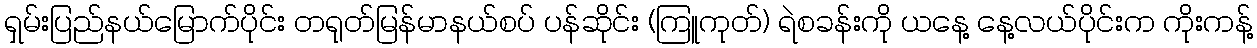
ရှမ်းပြည်နယ်မြောက်ပိုင်း တရုတ်မြန်မာနယ်စပ် ပန်ဆိုင်း (ကြူကုတ်) ရဲစခန်းကို ယနေ့ နေ့လယ်ပိုင်းက ကိုးကန့်